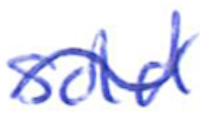
Text: sold
Cross-out: wave
Writing tool: ballpoint